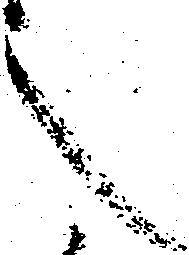
之